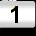
Digit: 1